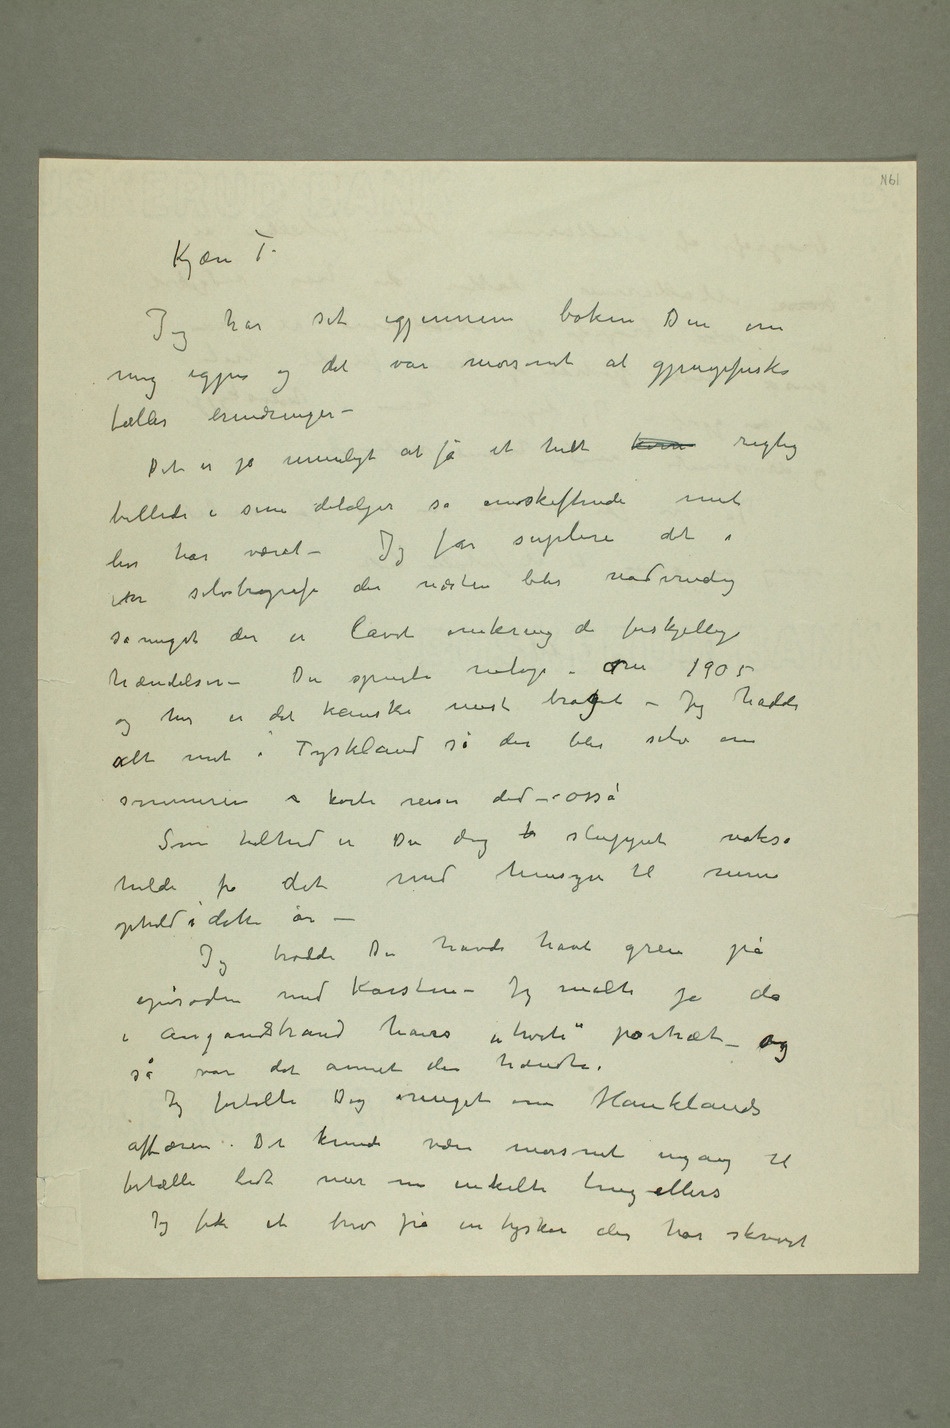
Kjæn
Jeg har set igjennem boken Den om
mig igjen og det var morsomt al gjenppriske
fælles eindringer–
Det er jo uuligt at få et helt kom riglig
billede i sine detalger så emskiftende mit
lv har været – Jeg får suplere det i
ier selvbrogrefe der næsten blir nødvindig
så meget der er lavet omkring de forskjellige
hændelser – Du spurte netop – om 1900
her er det kanske mest braget – Jeg hadde
alt mit i Tyskland så der blir selv om
sommren s korte reiser ded –  osså
Som hilhed er Du dog   sluppet nokså
helde fra det med hensyn til mine
ophold i dette år
Jeg trodde Du havde havt greu på
ezisøden med Karsten – Jeg malte jo da
i angandstrand havs ihvite partræt – og
så var det annet der hændte–
Jeg fortalte Dig meget om Hanklands
aftæren. Det kunde være morsomt ingang til
fortælle lidt ner nu inkelte hing ellers
Jeg fik et briv fra en tysker der har skrørt